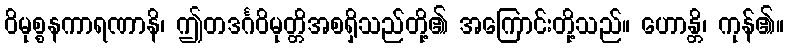
ဝိမုစ္စနကာရဏာနိ၊ ဤတဒင်္ဂဝိမုတ္တိအစရှိသည်တို့၏ အကြောင်းတို့သည်။ ဟောန္တိ၊ ကုန်၏။